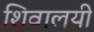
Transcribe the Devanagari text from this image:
शिवालयी